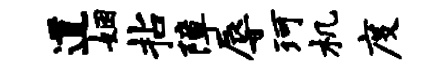
道姻拈障辱珂机度